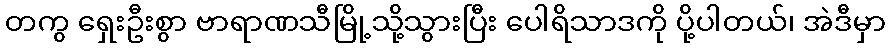
တကွ ရှေးဦးစွာ ဗာရာဏသီမြို့သို့သွားပြီး ပေါရိသာဒကို ပို့ပါတယ်၊ အဲဒီမှာ